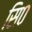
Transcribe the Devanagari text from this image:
सि०